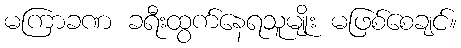
မကြာခဏ ခရီးထွက်နေရသူမျိုး မဖြစ်စေချင်။